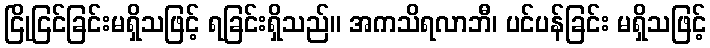
ငြိုငြင်ခြင်းမရှိသဖြင့် ရခြင်းရှိသည်။ အကသိရလာဘီ၊ ပင်ပန်ခြင်း မရှိသဖြင့်